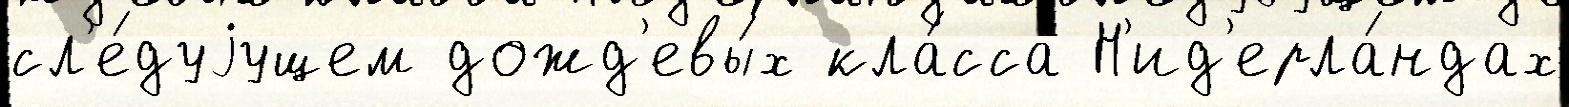
сл'е́дуjущем дожд'евы́х кла́сса Н'ид'ерла́ндах